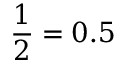
{ \frac { 1 } { 2 } } = 0 . 5